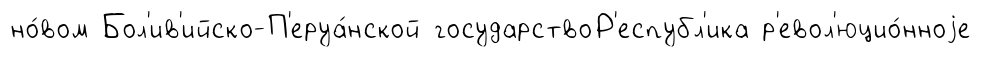
но́вом Бол'ив'ийско-П'еруа́нской государствоР'еспубл'ика р'евол'юцио́нноjе